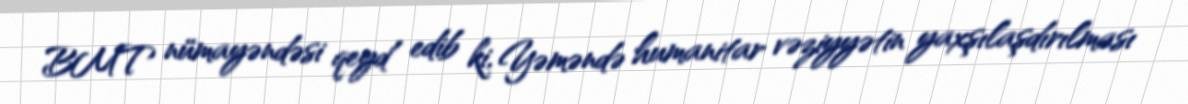
BMT nümayəndəsi qeyd edib ki, Yəməndə humanitar vəziyyətin yaxşılaşdırılması